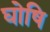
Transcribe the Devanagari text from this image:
घोषि